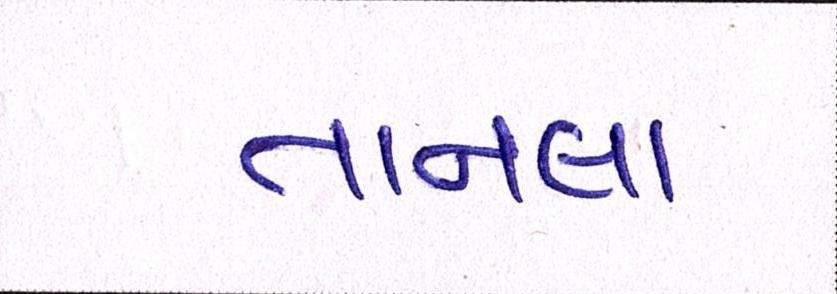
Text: તાનલા